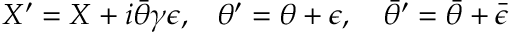
{ X ^ { \prime } = X + i \bar { \theta } \gamma \epsilon , } { } ~ ~ ~ { \theta ^ { \prime } = \theta + \epsilon , ~ ~ ~ { \bar { \theta } } ^ { \prime } = \bar { \theta } + \bar { \epsilon } }